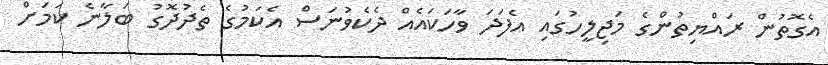
އެގޮތުން ރައްޔިތުންގެ މަޖިލީހުގައި އެފަދަ ވާހަކައެއް ދެކެވުނަސް އެކަމުގެ ތެދުދޮގު ބަލާނެ ކަމަށް